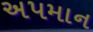
અપમાન